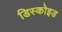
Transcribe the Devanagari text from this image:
डिस्कोइड